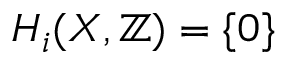
H _ { i } ( X , \mathbb { Z } ) = \{ 0 \}